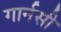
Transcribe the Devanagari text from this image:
गार्नसी